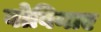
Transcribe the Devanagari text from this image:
बोविनाए